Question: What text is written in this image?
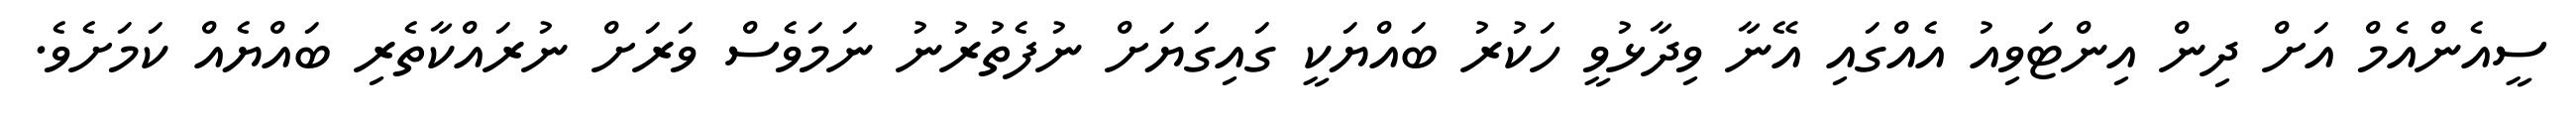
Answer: ސީއެންއެމް އަށް ދިން އިންޓަވިއު އެއްގައި އޭނާ ވިދާޅުވީ ހަކުރު ބައްޔަކީ ގައިގަޔަށް ނުފެތުރުނު ނަމަވެސް ވަރަށް ނުރައްކާތެރި ބައްޔެއް ކަމަށެވެ.